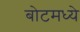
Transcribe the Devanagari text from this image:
बोटमध्ये